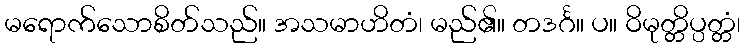
မရောက်သောစိတ်သည်။ အသမာဟိတံ၊ မည်၏။ တဒင်္ဂ။ ပ။ ဝိမုတ္တိပ္ပတ္တံ၊